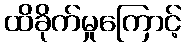
ထိခိုက်မှုကြောင့်